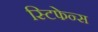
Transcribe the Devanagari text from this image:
स्टिफेन्स